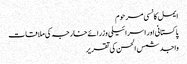
ایمل کانسی مرحوم
پاکستانی اور اسرائیلی وزرائے خارجہ کی ملاقات
واجد شمس الحسن کی تقریر